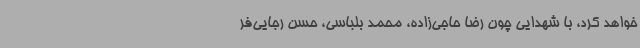
خواهد کرد، با شهدایی چون رضا حاجی‌زاده، محمد بلباسی، حسن رجایی‌فر